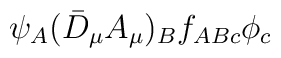
\psi_A(\bar{D}_\mu A_\mu)_Bf_{ABc}\phi_c